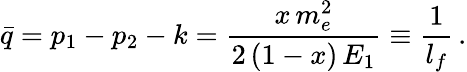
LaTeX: \bar{q}=p_{1}-p_{2}-k=\frac{x\, m_{e}^{2}}{2\, (1-x)\, E_{1}}\equiv{\frac{1}{l_{f}}}\, .